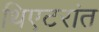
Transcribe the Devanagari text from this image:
थिएटरांत